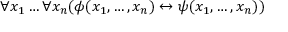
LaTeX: \forall x _ { 1 } \dots \forall x _ { n } ( \phi ( x _ { 1 } , \dots , x _ { n } ) \leftrightarrow \psi ( x _ { 1 } , \dots , x _ { n } ) )